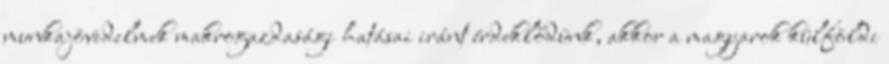
munkajövedelmek makrogazdasági hatásai iránt érdeklődünk, akkor a magyarok külföldi